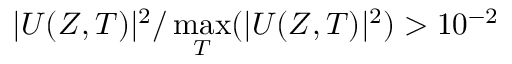
| U ( Z , T ) | ^ { 2 } / \operatorname* { m a x } _ { T } ( | U ( Z , T ) | ^ { 2 } ) > 1 0 ^ { - 2 }